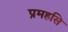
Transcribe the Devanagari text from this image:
प्रमहसि